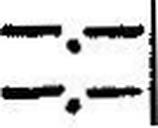
—.—